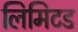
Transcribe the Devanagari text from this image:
लिमिटड